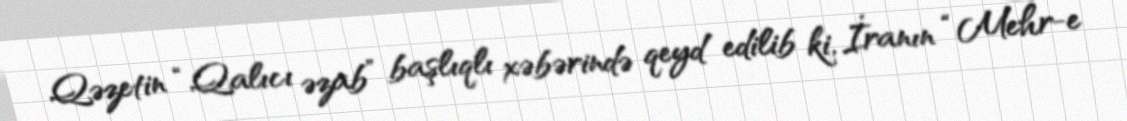
Qəzetin “Qalıcı əzab” başlıqlı xəbərində qeyd edilib ki, İranın “Mehr-e